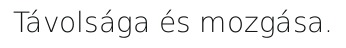
Távolsága és mozgása.